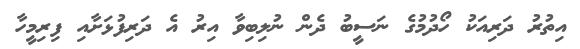
އިތުރު ދަރިއަކު ހޯދުމުގެ ނަސީބު ދެން ނުލިބިވާ އިރު އެ ދަރިފުޅަށާއި ފިރިމީހާ